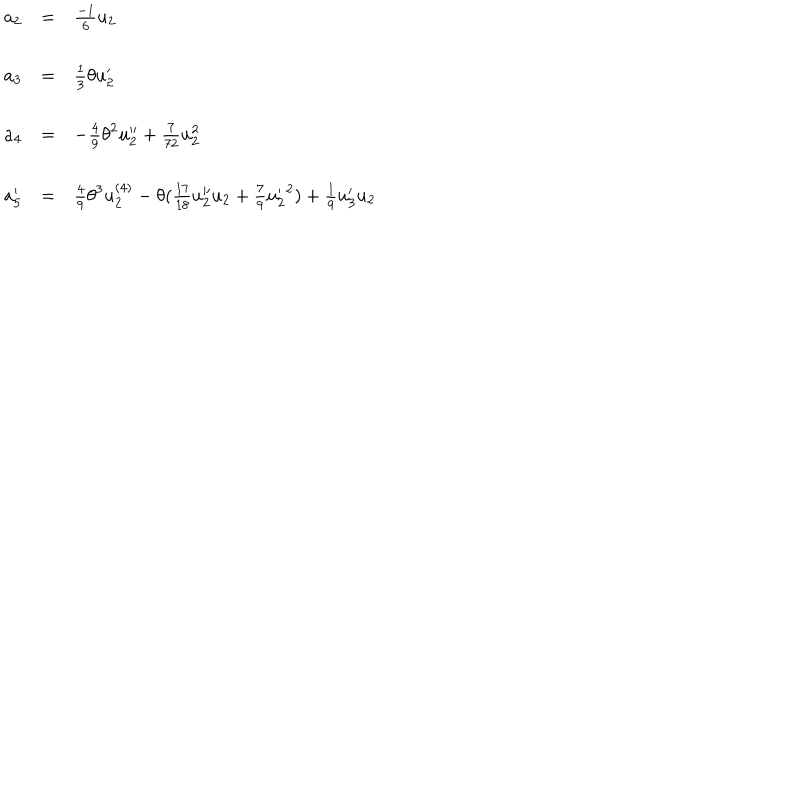
\begin{array} { l c l } { { a _ { 2 } } } & { { = } } & { { \frac { - 1 } { 6 } u _ { 2 } } } \\ { { a _ { 3 } } } & { { = } } & { { \frac { 1 } { 3 } \theta u _ { 2 } ^ { \prime } } } \\ { { a _ { 4 } } } & { { = } } & { { - \frac { 4 } { 9 } { \theta } ^ { 2 } u _ { 2 } ^ { \prime \prime } + \frac { 7 } { 7 2 } u _ { 2 } ^ { 2 } } } \\ { { a _ { 5 } ^ { \prime } } } & { { = } } & { { \frac { 4 } { 9 } { \theta } ^ { 3 } u _ { 2 } ^ { ( 4 ) } - \theta ( \frac { 1 7 } { 1 8 } u _ { 2 } ^ { \prime \prime } u _ { 2 } + \frac { 7 } { 9 } { u _ { 2 } ^ { \prime } } ^ { 2 } ) + \frac { 1 } { 9 } u _ { 3 } ^ { \prime } u _ { 2 } } } \\ \end{array}